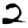
Digit: 2